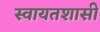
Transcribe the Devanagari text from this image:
स्वायतशासी